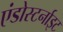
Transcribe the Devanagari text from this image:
एंडोस्टर्नाइट